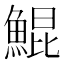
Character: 鯤